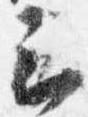
云